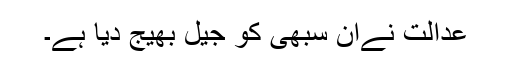
عدالت نےان سبھی کو جیل بھیج دیا ہے۔